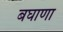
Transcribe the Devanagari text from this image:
बघाणा